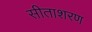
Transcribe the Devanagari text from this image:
सीताशरण